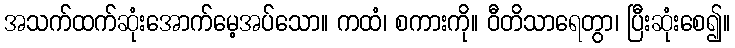
အသက်ထက်ဆုံးအောက်မေ့အပ်သော။ ကထံ၊ စကားကို။ ဝီတိသာရေတွာ၊ ပြီးဆုံးစေ၍။